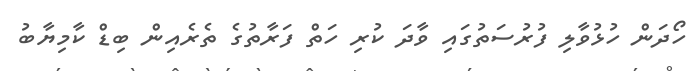
ހޯދަން ހުޅުވާލި ފުރުސަތުގައި ވާދަ ކުރި ހަތް ފަރާތުގެ ތެރެއިން ބިޑް ކާމިޔާބު